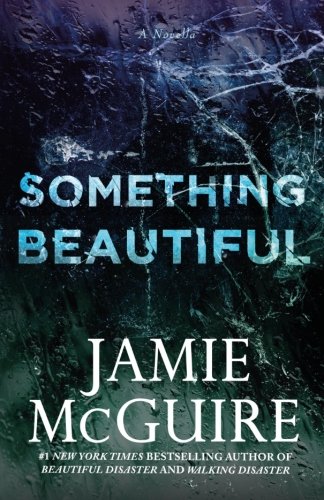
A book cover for Something Beautiful: A Novella; Jamie McGuire; Romance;